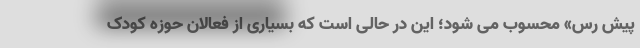
پیش رس» محسوب می شود؛ این در حالی است که بسیاری از فعالان حوزه کودک